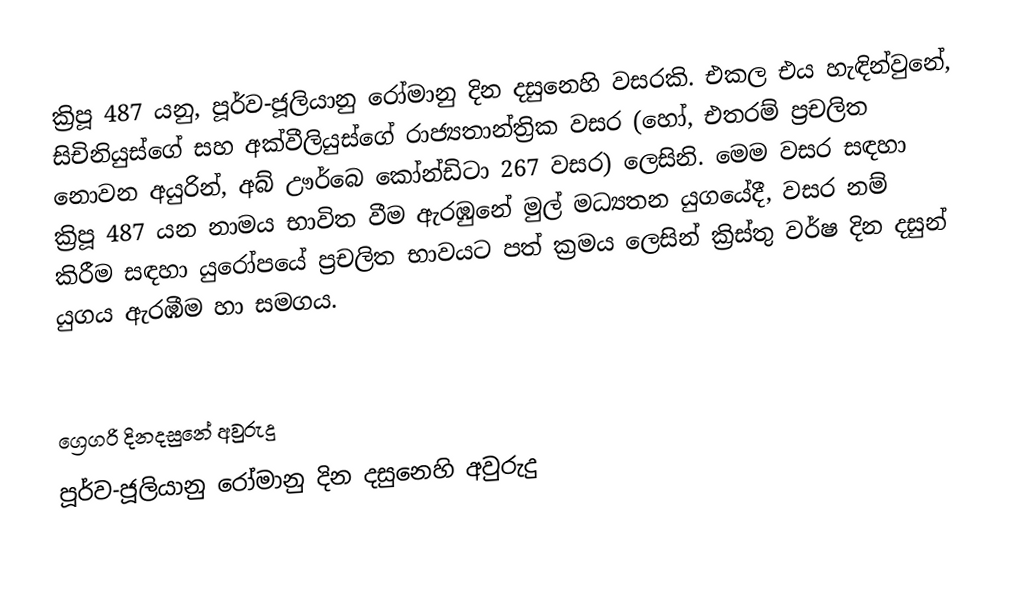

ක්‍රිපූ 487 යනු, පූර්ව-ජූලියානු රෝමානු දින දසුනෙහි වසරකි. එකල එය හැඳින්වුනේ, සිචිනියුස්ගේ සහ අක්වීලියුස්ගේ රාජ්‍යතාන්ත්‍රික වසර (හෝ, එතරම් ප්‍රචලිත නොවන අයුරින්, අබ් ඌර්බෙ කෝන්ඩිටා 267 වසර) ලෙසිනි. මෙම වසර සඳහා ක්‍රිපූ 487 යන නාමය භාවිත වීම ඇරඹුනේ මුල්  මධ්‍යතන යුගයේදී, වසර නම් කිරීම සඳහා යුරෝපයේ ප්‍රචලිත භාවයට පත් ක්‍රමය ලෙසින් ක්‍රිස්තු වර්ෂ දින දසුන් යුගය ඇරඹීම හා සමගය.

ග්‍රෙගරි දිනදසුනේ අවුරුදු
පූර්ව-ජූලියානු රෝමානු දින දසුනෙහි අවුරුදු